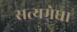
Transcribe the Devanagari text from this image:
सत्यमेधा